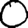
Digit: 0